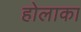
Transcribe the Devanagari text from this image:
होलाका